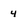
Character: 4